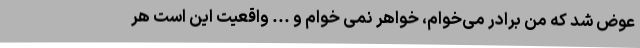
عوض شد که من برادر می‌خوام، خواهر نمی خوام و ... واقعیت این است هر